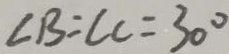
\angle B = \angle C = 3 0 ^ { \circ }